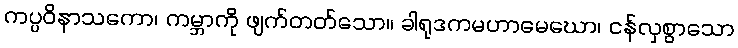
ကပ္ပဝိနာသကော၊ ကမ္ဘာကို ဖျက်တတ်သော။ ခါရုဒကမဟာမေဃော၊ ငန်လှစွာသော